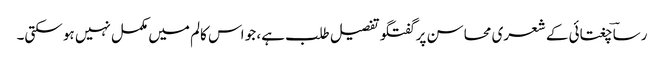
رساؔ چغتائی کے شعری محاسن پر گفتگو تفصیل طلب ہے، جو اس کالم میں مکمل نہیں ہو سکتی۔